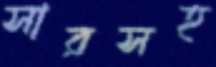
সারসহ